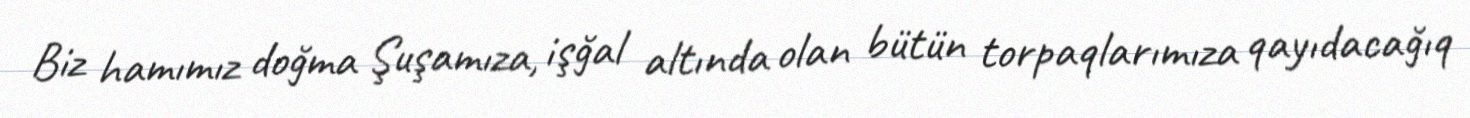
Biz hamımız doğma Şuşamıza, işğal altında olan bütün torpaqlarımıza qayıdacağıq